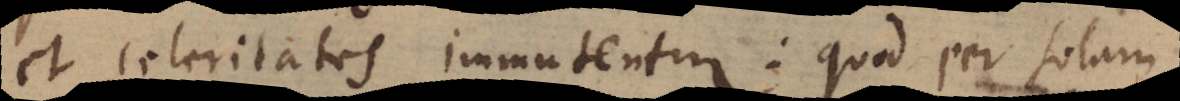
et celeritates immutentur: quod per solam